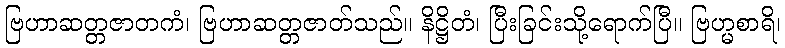
ဗြဟာဆတ္တဇာတကံ၊ ဗြဟာဆတ္တဇာတ်သည်။ နိဋ္ဌိတံ၊ ပြီးခြင်းသို့ရောက်ပြီ။ ဗြဟ္မစာရိ၊